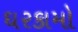
ઘરકામો